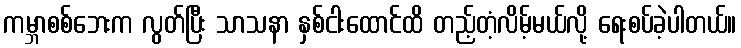
ကမ္ဘာစစ်ဘေးက လွတ်ပြီး သာသနာ နှစ်ငါးထောင်ထိ တည့်တံ့လိမ့်မယ်လို့ ရေးစပ်ခဲ့ပါတယ်။